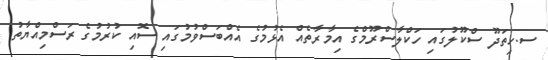
ސ.ހިތަދޫ ސްކޫލުގައި ހަކްލާސްރޫމްގެ އިމާރާތެއް އެޅުމުގެ އެއްބަސްވުމުގައި ސޮއި ކުރުމުގެ ރަސްމިއްޔާތު